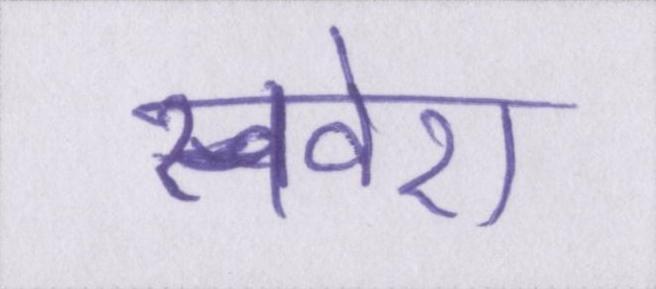
सवेरा